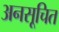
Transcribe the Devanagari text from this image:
अनसूचित